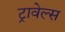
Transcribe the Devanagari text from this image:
ट्रावेल्स